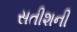
સતીશની